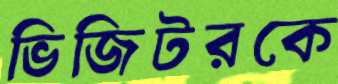
ভিজিটরকে